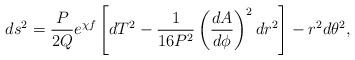
LaTeX: \begin{align*}ds^2=\frac{P}{2Q}e^{\chi f}\left[dT^2-\frac{1}{16P^2}\left(\frac{dA}{d\phi} \right)^2 dr^2 \right]-r^2d\theta^2,\end{align*}